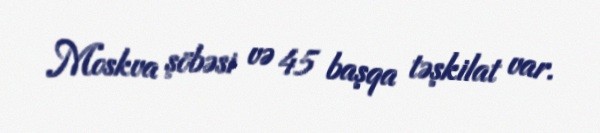
Moskva şöbəsi və 45 başqa təşkilat var.